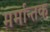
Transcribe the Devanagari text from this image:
मर्मान्तक